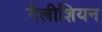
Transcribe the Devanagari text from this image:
गैलीशियन